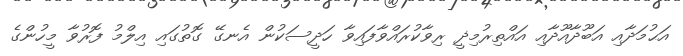
އަޙުމަދާއި އަބޫދާއޫދާއި އައްތިރުމިޛީ ރިވާކުރައްވާފައިވާ ހަދީސަކުން އެނގޭ ގޮތުގައި އިލްމު ފޮރުވާ މީހުންގެ